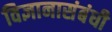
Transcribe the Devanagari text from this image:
विज्ञानासंबंधी